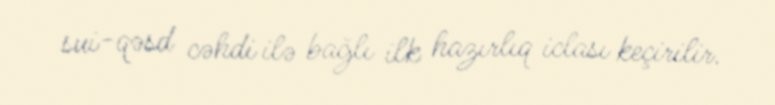
sui-qəsd cəhdi ilə bağlı ilk hazırlıq iclası keçirilir.